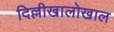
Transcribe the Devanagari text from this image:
दिल्लीखालोखाल